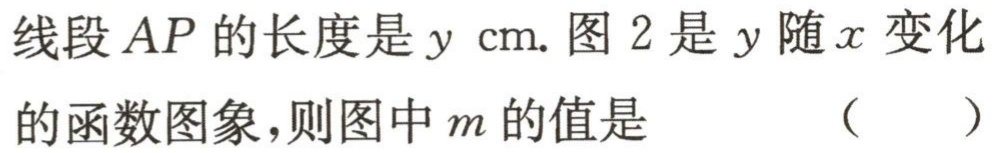
线段\(AP\)的长度是\(y\ \text{cm}\). 图 \(2\) 是 \(y\) 随 \(x\) 变化的函数图象，则图中 \(m\) 的值是 （  ）